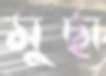
মুর্ছা